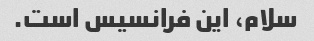
سلام، این فرانسیس است.